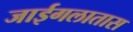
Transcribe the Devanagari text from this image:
जाईगलातास